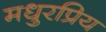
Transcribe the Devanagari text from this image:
मधुरप्रिय